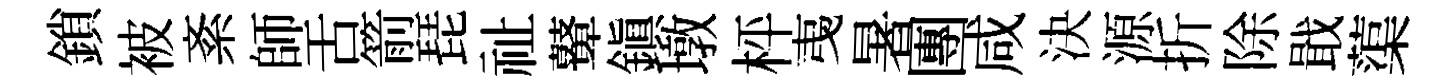
鎖被紊師舌箭琵祉鼙鎭墩枰𢎯暑團咸決源折除戢蕖